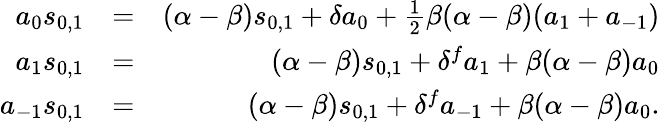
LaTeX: \begin{array}{rlr}{a_{0}s_{0,1}}&{=}&{(\alpha-\beta)s_{0,1}+\delta a_{0}+\frac{1}{2}\beta(\alpha-\beta)(a_{1}+a_{-1})}\\ {a_{1}s_{0,1}}&{=}&{(\alpha-\beta)s_{0,1}+\delta^{f}a_{1}+\beta(\alpha-\beta)a_{0}}\\ {a_{-1}s_{0,1}}&{=}&{(\alpha-\beta)s_{0,1}+\delta^{f}a_{-1}+\beta(\alpha-\beta)a_{0}.}\end{array}